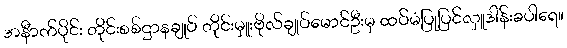
အနီာက်ပိုင်း တိုင်းစစ်ဌာနချုပ် တိုင်းမှူးဗိုလ်ချုပ်မောင်ဦးမှ ထပ်မံပြုပြင်လှူဒါန်းခပါရေ။